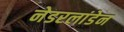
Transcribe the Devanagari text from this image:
नेडरलांडेन